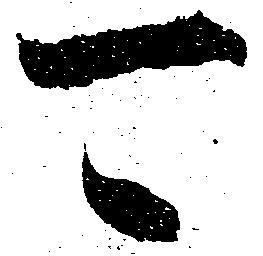
可